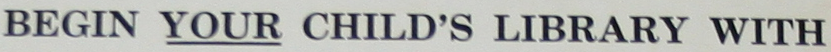
BEGIN YOUR CHILD'S LIBRARY WITH